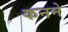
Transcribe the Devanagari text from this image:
कनने